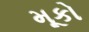
મૂકો